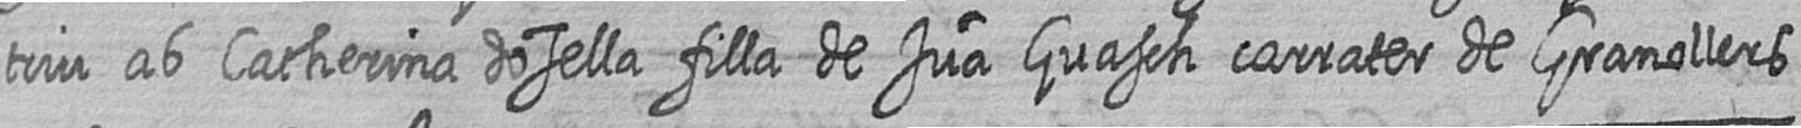
triu ab Catherina dosella filla de Jua Guasch carrater de Granollers